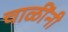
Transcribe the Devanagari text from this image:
चाळींनी